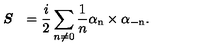
\textit { \textbf { S } } = \frac { i } { 2 } \sum _ { n \neq 0 } \frac { 1 } { n } \mathrm { \boldmath \alpha _ n \times \alpha _ { - n } } .